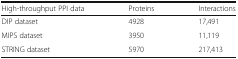
<table><thead><tr><td><b>High-throughput PPI data</b></td><td><b>Proteins</b></td><td><b>Interactions</b></td></tr></thead><tbody><tr><td>DIP dataset</td><td>4928</td><td>17,491</td></tr><tr><td>MIPS dataset</td><td>3950</td><td>11,119</td></tr><tr><td>STRING dataset</td><td>5970</td><td>217,413</td></tr></tbody></table>